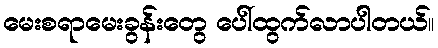
မေးစရာမေးခွန်းတွေ ပေါ်ထွက်လာပါတယ်။